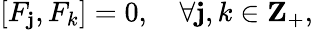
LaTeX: [F_{\mathbf{j}},F_{k}]=0,\quad\forall\mathbf{j},k\in{\mathbf{Z}}_{+},